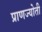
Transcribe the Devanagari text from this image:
प्राणज्योती